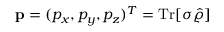
{ \bf p } = ( p _ { x } , p _ { y } , p _ { z } ) ^ { T } = \mathrm { T r } [ \boldsymbol { \sigma } \hat { \varrho } ]